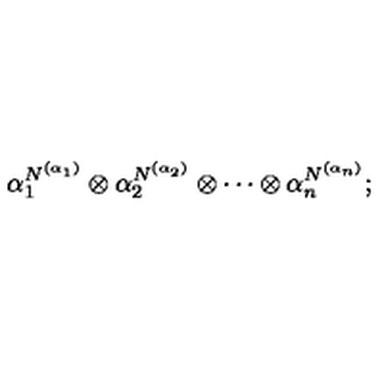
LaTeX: \alpha _ { 1 } ^ { N ^ { ( \alpha _ { 1 } ) } } \otimes \alpha _ { 2 } ^ { N ^ { ( \alpha _ { 2 } ) } } \otimes \cdots \otimes \alpha _ { n } ^ { N ^ { ( \alpha _ { n } ) } } ;